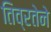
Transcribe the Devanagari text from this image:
तिव्रतेने